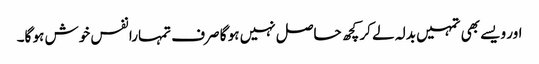
اور ویسے بھی تمہیں بدلہ لے کر کچھ حاصل نہیں ہو گا صرف تمہارا نفس خوش ہو گا۔